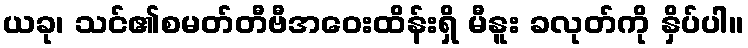
ယခု၊ သင်၏စမတ်တီဗီအဝေးထိန်းရှိ မီနူး ခလုတ်ကို နှိပ်ပါ။